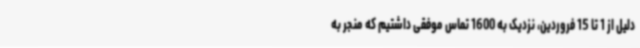
دلیل از 1 تا 15 فروردین، نزدیک به 1600 تماس موفقی داشتیم که منجر به